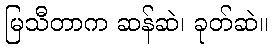
မြသီတာက ဆန်ဆဲ၊ ခုတ်ဆဲ။